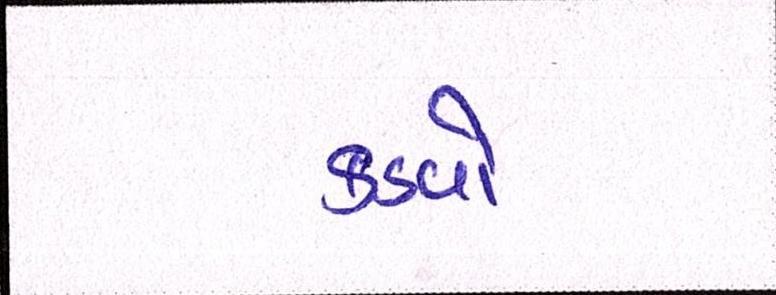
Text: કડવો